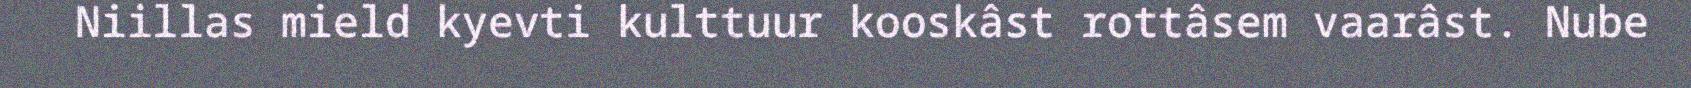
Niillas mield kyevti kulttuur kooskâst rottâsem vaarâst. Nube